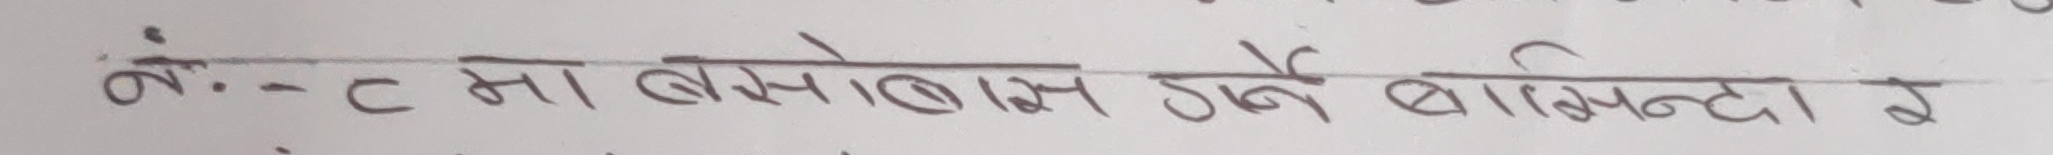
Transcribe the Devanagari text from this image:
नं- ८ मा बसोबास गर्ने बासिन्दा र